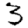
Digit: 3